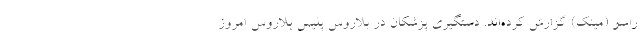
راسو (مینک) گزارش کرده‌اند. دستگیری پزشکان در بلاروس پلیس بلاروس امروز